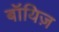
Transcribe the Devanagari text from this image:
बॉयिज़